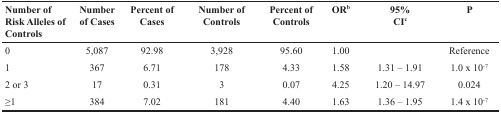
<table><thead><tr><td><b>Number of Risk Alleles of Controls</b></td><td><b>Number of Cases</b></td><td><b>Percent of Cases</b></td><td><b>Number of Controls</b></td><td><b>Percent of Controls</b></td><td><b>OR<sup>b</sup></b></td><td><b>95% CI<sup>c</sup></b></td><td><b>P</b></td></tr></thead><tbody><tr><td>0</td><td>5,087</td><td>92.98</td><td>3,928</td><td>95.60</td><td>1.00</td><td></td><td>Reference</td></tr><tr><td>1</td><td>367</td><td>6.71</td><td>178</td><td>4.33</td><td>1.58</td><td>1.31 – 1.91</td><td>1.0 × 10<sup>−7</sup></td></tr><tr><td>2 or 3</td><td>17</td><td>0.31</td><td>3</td><td>0.07</td><td>4.25</td><td>1.20 – 14.97</td><td>0.024</td></tr><tr><td>≥1</td><td>384</td><td>7.02</td><td>181</td><td>4.40</td><td>1.63</td><td>1.36 – 1.95</td><td>1.4 × 10<sup>−7</sup></td></tr></tbody></table>